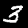
Label: 3